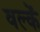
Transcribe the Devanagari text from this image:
वल्कें